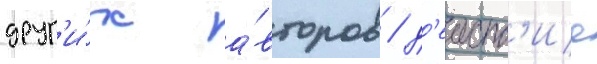
друг'и́х а́второв / д'еиств'ие